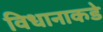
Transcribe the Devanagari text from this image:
विधानाकडे